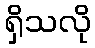
ရှိသလို